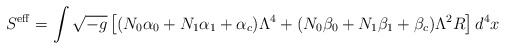
\begin{align*}S^{\rm eff} = \int\sqrt{-g}\left[(N_0\alpha_0+N_1\alpha_1+\alpha_c)\Lambda^4+(N_0\beta_0+N_1\beta_1+\beta_c)\Lambda^2R\right]d^4x \end{align*}